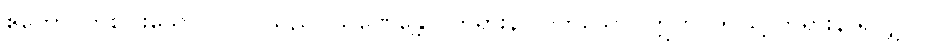
ဧကော၊ တစ်ပါးသော ပုဂ္ဂိုလ်သည်။ သုဏေန္တော၊ တရားနာလတ်သော်။ ဣတိ၊ ဤသို့ တရားနာရလျှင်။